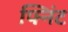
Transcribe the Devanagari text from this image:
फ्निंट